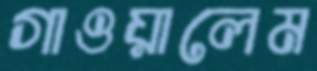
গাওয়ালেম